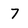
Character: 7